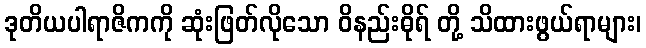
ဒုတိယပါရာဇိကကို ဆုံးဖြတ်လိုသော ဝိနည်းဓိုရ် တို့ သိထားဖွယ်ရာများ၊